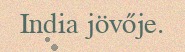
India jövője.